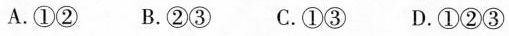
A.①② B.②③ C.①③ D.①②③